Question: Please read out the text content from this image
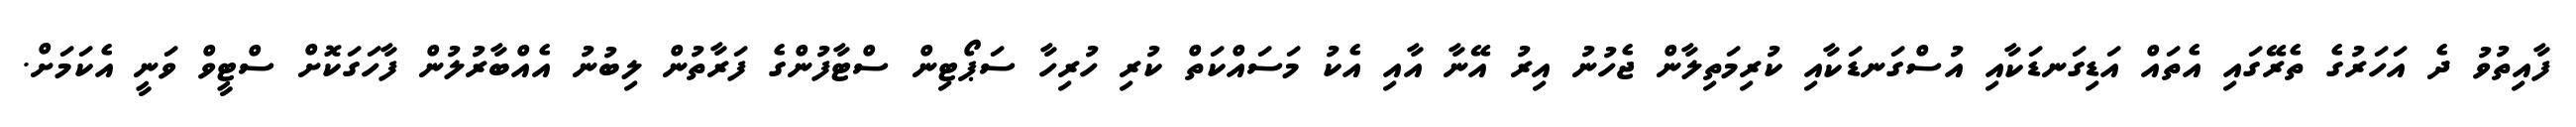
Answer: ފާއިތުވު ދެ އަހަރުގެ ތެރޭގައި އެތައް އަޑިގަނޑަކާއި އުސްގަނޑަކާއި ކުރިމަތިލާން ޖެހުނު އިރު އޭނާ އާއި އެކު މަސައްކަތް ކުރި ހުރިހާ ސަޕޯޓިން ސްޓާފުންގެ ފަރާތުން ލިބުނު އެއްބާރުލުން ފާހަގަކޮށް ސްޓީވް ވަނީ އެކަމަށް.